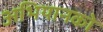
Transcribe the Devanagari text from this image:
अभियानको